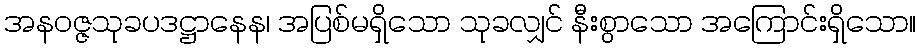
အနဝဇ္ဇသုခပဒဋ္ဌာနေန၊ အပြစ်မရှိသော သုခလျှင် နီးစွာသော အကြောင်းရှိသော။